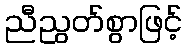
ညီညွတ်စွာဖြင့်